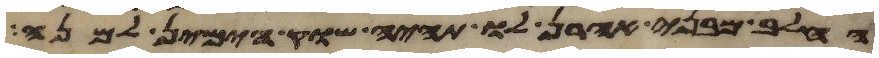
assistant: החלב מבני אהרן לו תהיה שוק הימין למנה